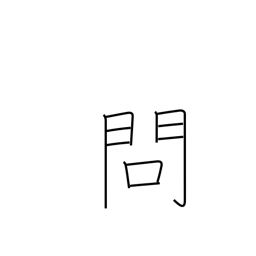
Meaning: problem